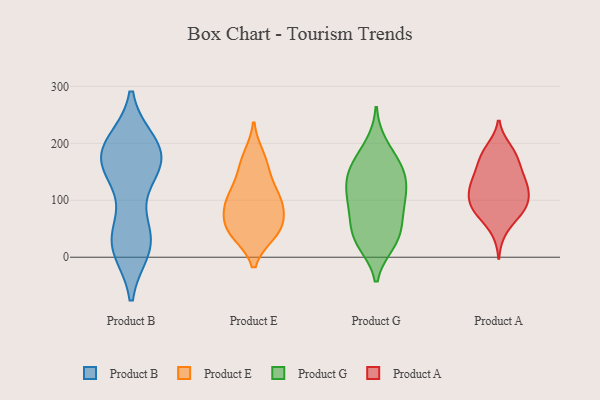
{"axis": {"x": "Temperature (°C)", "y": "Value"}, "legend": ["Product A", "Product B", "Product E", "Product G"], "data": [{"x": "", "y": 18, "type": "Product B"}, {"x": "", "y": 199, "type": "Product B"}, {"x": "", "y": 43, "type": "Product B"}, {"x": "", "y": 168, "type": "Product B"}, {"x": "", "y": 190, "type": "Product B"}, {"x": "", "y": 37, "type": "Product B"}, {"x": "", "y": 196, "type": "Product B"}, {"x": "", "y": 177, "type": "Product B"}, {"x": "", "y": 160, "type": "Product B"}, {"x": "", "y": 24, "type": "Product B"}, {"x": "", "y": 177, "type": "Product B"}, {"x": "", "y": 152, "type": "Product B"}, {"x": "", "y": 136, "type": "Product B"}, {"x": "", "y": 26, "type": "Product B"}, {"x": "", "y": 189, "type": "Product B"}, {"x": "", "y": 16, "type": "Product B"}, {"x": "", "y": 163, "type": "Product E"}, {"x": "", "y": 48, "type": "Product E"}, {"x": "", "y": 98, "type": "Product E"}, {"x": "", "y": 138, "type": "Product E"}, {"x": "", "y": 102, "type": "Product E"}, {"x": "", "y": 177, "type": "Product E"}, {"x": "", "y": 66, "type": "Product E"}, {"x": "", "y": 42, "type": "Product E"}, {"x": "", "y": 99, "type": "Product E"}, {"x": "", "y": 55, "type": "Product E"}, {"x": "", "y": 99, "type": "Product E"}, {"x": "", "y": 42, "type": "Product E"}, {"x": "", "y": 32, "type": "Product G"}, {"x": "", "y": 131, "type": "Product G"}, {"x": "", "y": 160, "type": "Product G"}, {"x": "", "y": 37, "type": "Product G"}, {"x": "", "y": 95, "type": "Product G"}, {"x": "", "y": 153, "type": "Product G"}, {"x": "", "y": 135, "type": "Product G"}, {"x": "", "y": 102, "type": "Product G"}, {"x": "", "y": 196, "type": "Product G"}, {"x": "", "y": 71, "type": "Product G"}, {"x": "", "y": 81, "type": "Product G"}, {"x": "", "y": 25, "type": "Product G"}, {"x": "", "y": 121, "type": "Product G"}, {"x": "", "y": 35, "type": "Product G"}, {"x": "", "y": 168, "type": "Product G"}, {"x": "", "y": 191, "type": "Product A"}, {"x": "", "y": 158, "type": "Product A"}, {"x": "", "y": 132, "type": "Product A"}, {"x": "", "y": 91, "type": "Product A"}, {"x": "", "y": 166, "type": "Product A"}, {"x": "", "y": 83, "type": "Product A"}, {"x": "", "y": 90, "type": "Product A"}, {"x": "", "y": 75, "type": "Product A"}, {"x": "", "y": 125, "type": "Product A"}, {"x": "", "y": 179, "type": "Product A"}, {"x": "", "y": 152, "type": "Product A"}, {"x": "", "y": 46, "type": "Product A"}, {"x": "", "y": 125, "type": "Product A"}, {"x": "", "y": 126, "type": "Product A"}, {"x": "", "y": 114, "type": "Product A"}, {"x": "", "y": 90, "type": "Product A"}, {"x": "", "y": 115, "type": "Product A"}, {"x": "", "y": 80, "type": "Product A"}, {"x": "", "y": 187, "type": "Product A"}]}